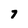
Character: 7